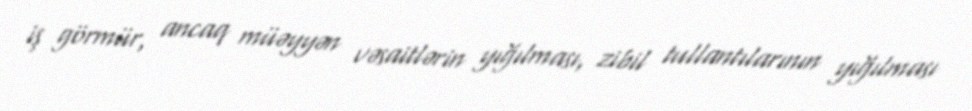
iş görmür, ancaq müəyyən vəsaitlərin yığılması, zibil tullantılarının yığılması